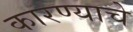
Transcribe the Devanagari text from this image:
कारण्याचे